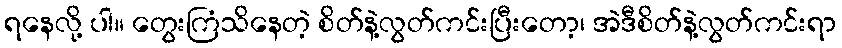
ရနေလို့ ပါ။ တွေးကြံသိနေတဲ့ စိတ်နဲ့လွတ်ကင်းပြီးတော့၊ အဲဒီစိတ်နဲ့လွတ်ကင်းရာ